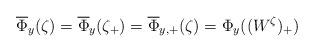
LaTeX: \begin{align*}\overline{\Phi}_y (\zeta)= \overline{\Phi}_y (\zeta_+)=\overline{\Phi}_{y,+}(\zeta)= \Phi_y ( (W^{ \zeta })_+ )\end{align*}